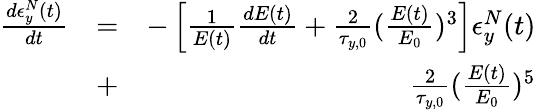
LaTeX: \begin{array}{rlr}{\frac{d\epsilon_{y}^{N}(t)}{dt}}&{=}&{-\left[\frac{1}{E(t)}\frac{dE(t)}{dt}+\frac{2}{\tau_{y,0}}(\frac{E(t)}{E_{0}})^{3}\right]\epsilon_{y}^{N}(t)}\\ &{+}&{\frac{2}{\tau_{y,0}}(\frac{E(t)}{E_{0}})^{5}}\end{array}